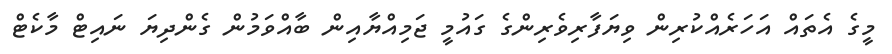
މީގެ އެތައް އަހަރެއްކުރިން ވިޔަފާރިވެރިންގެ ގައުމީ ޖަމިއްޔާއިން ބާއްވަމުން ގެންދިޔަ ނައިޓް މާކެޓް